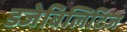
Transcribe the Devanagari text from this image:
डजेबिलिटिज